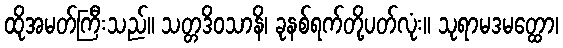
ထိုအမတ်ကြီးသည်။ သတ္တဒိဝသာနိ၊ ခုနစ်ရက်တို့ပတ်လုံး။ သုရာမဒမတ္ထော၊